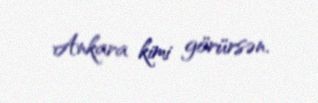
Ankara kimi görürsən.